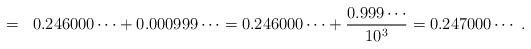
LaTeX: \begin{align*}=\;\; 0.246000\cdots + 0.000999\cdots = 0.246000 \cdots +\frac{0.999\cdots}{10^3} = 0.247000\cdots \;.\end{align*}